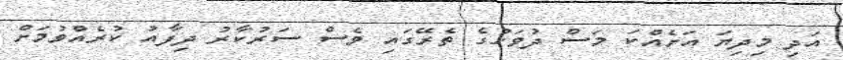
އަދި މިދިޔަ އަށެއްކަ މަސް ދުވަހުގެ ތެރޭގައި ވެސް ސަރުކާރު ދިފާއު ކުރެއްވުމަށް